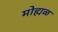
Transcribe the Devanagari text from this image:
मोह्यळ